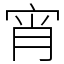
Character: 宵